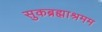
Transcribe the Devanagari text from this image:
सुकब्रह्माश्रमम